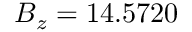
B _ { z } = 1 4 . 5 7 2 0